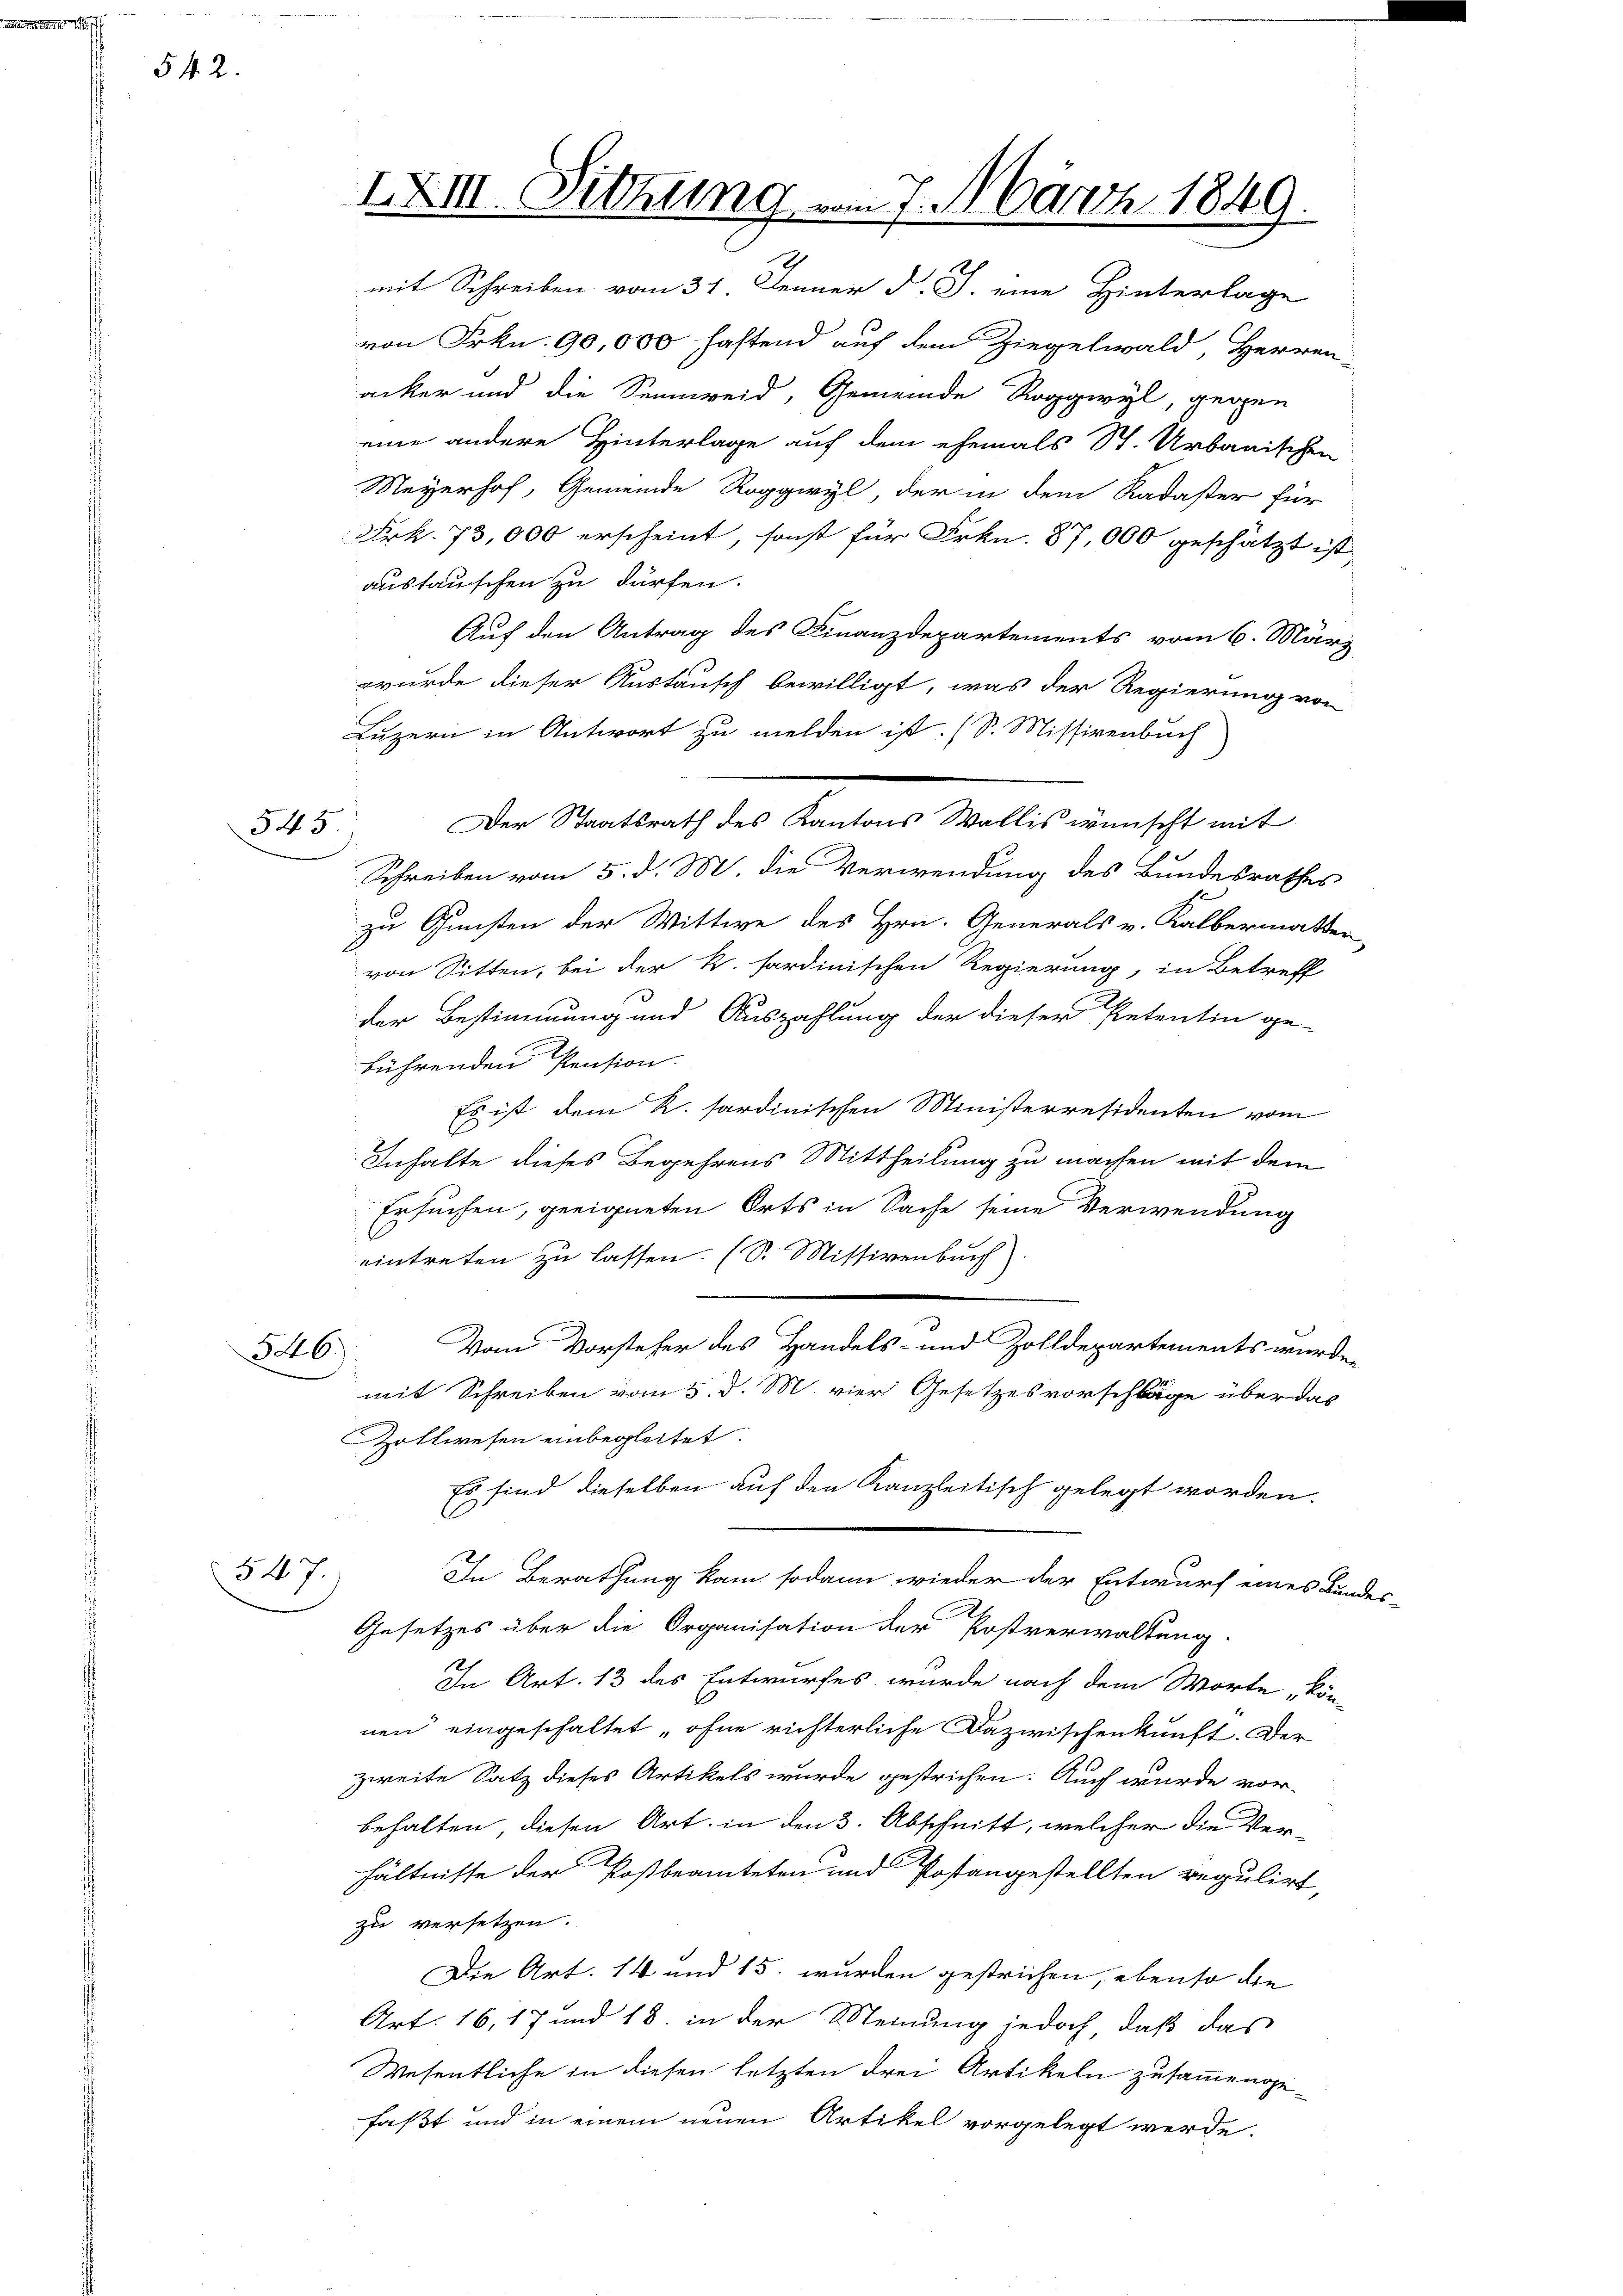
542.

547.

545

IXIII. Sitzung vom 7. März 1849.

mit Schreiben vom 31. Jenner d. J. eine Hinterlage
von Frkn. 90,000 fastend auf dem Ziegelwald, Herren-
acker und die Sennreid, Gemeinde Roggwyl, gegen
eine andere Hinterlage auf dem ehemals St. Urbarischen
Meyerhof, Gemeinde Roggwyl, der in dem Kadaster für
Frk. 73,000 erscheint, sonst für Frkn. 87,000 geschätzt ist
austauschen zu dürfen.
Auf den Antrag des Finanzdepartements vom 6. März
wurde dieser Austausch bewilligt, was der Regierung von
Luzern in Antwort zu melden ist. (S. Missivenbuch
Der Staatsrath des Kantons Wallis wünscht mit
Schreiben vom 5. d. M. die Verwendung des Bundesrathes
zu Gunsten der Wittwe des Hrn. Generals v. Kalbermatten,
von Sitten, bei der k. sardinischen Regierung, in Betreff
der Bestimmung und Auszahlung der dieser Petentin ge-
führenden Pension.
Es ist dem R. sardinischen Ministerresidenten vom
Inhalte dieses Begehrens Mittheilung zu machen mit dem
Ersuchen, geeigneten Orts in Sache seine Verwendung
eintreten zu lassen. (S. Missivenbuch
.
Vom Vorsteher des Handels- und Zolldepartements wurden
346)
mit Schreiben vom 5. d. M. vier Gesetzesvorschläge über das
Zollwesen einbegleitet.
Es sind dieselben auf den Kanzleitisch gelegt worden,
In Berathung kam sodann wieder der Entwurf eines Kundes-
Gesetzes über die Organisation der Postverwaltung.
In Art. 13 des Entwurfes wurde nach dem Worte, kön-
nen eingeschaltet „ohne richterliche Dazwischenkunft. Der
zweite Satz dieses Artikels wurde gestrichen. Auch wurde vor-
behalten, diesen Art. in den 3. Abschnitt, welcher die Verhältnisse der Postbeamteten und Postangestellten regulirt,
zu versetzen.
Die Art. 14 und 15. wurden gestrichen, ebenso die
Art. 16, 17 und 18. in der Meinung jedoch, daß das
Wesentliche in diesen letzten drei Artikeln zusammenge-
faßt und in einem neuen Artikel vorgelegt werde.